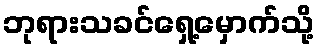
ဘုရားသခင်ရှေ့မှောက်သို့